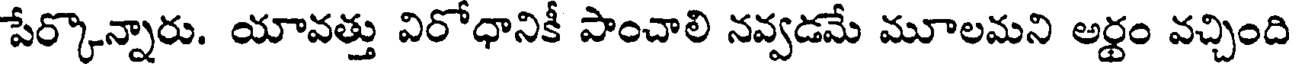
పేర్కొన్నారు. యావత్తు విరోధానికీ పాంచాలి నవ్వడమే మూలమని అర్థం వచ్చింది